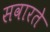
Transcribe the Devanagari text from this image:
सवारते